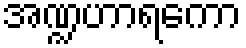
အဏ္ဍဟာရကော